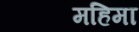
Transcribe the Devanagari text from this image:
महिमा